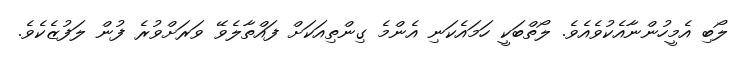
ލޯބި އެމީހުންނާއެކުވެއެވެ. ލޯތްބަކީ ހަމައެކަނި އެންމެ ގިންތިއަކަށް ފައްތާލެވޭ ވަރަށްވުރެ ފުން ލަފުޒެކެވެ.